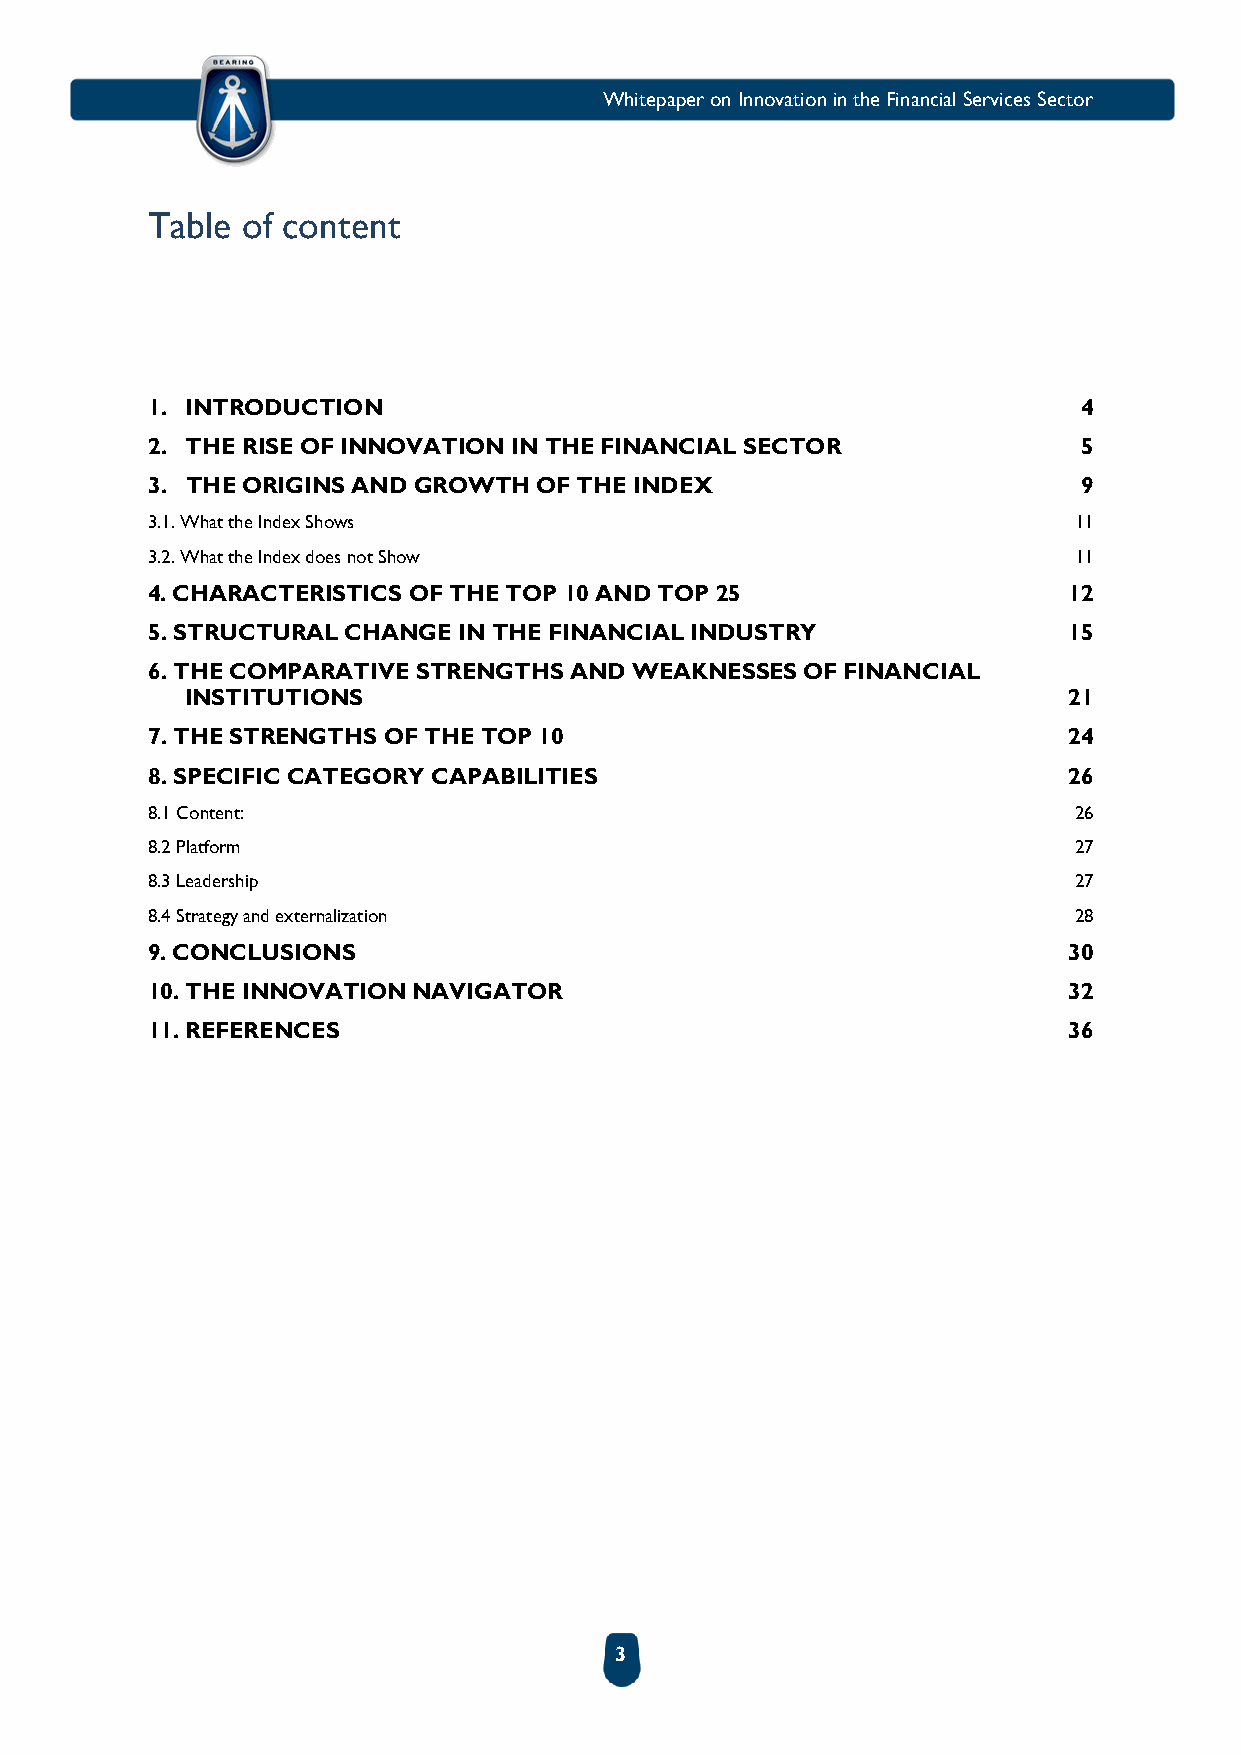
Whitepaper on Innovation in the Financial Services Sector
 Table of content
 1. INTRODUCTION                                               4
 2. THE RISE OF INNOVATION IN THE FINANCIAL SECTOR             5
 3. THE ORIGINS AND GROWTH OF THE INDEX                        9
 3.1. What the Index Shows                                    11
 3.2. What the Index does not Show                            11
 4. CHARACTERISTICS OF THE TOP 10 AND TOP 25                  12
 5. STRUCTURAL CHANGE IN THE FINANCIAL INDUSTRY               15
 6. THE COMPARATIVE STRENGTHS AND WEAKNESSES OF FINANCIAL
 INSTITUTIONS                                               21
 7. THE STRENGTHS OF THE TOP 10                               24
 8. SPECIFIC CATEGORY CAPABILITIES                            26
 8.1 Content:                                                 26
 8.2 Platform                                                 27
 8.3 Leadership                                               27
 8.4 Strategy and externalization                             28
 9. CONCLUSIONS                                               30
 10. THE INNOVATION NAVIGATOR                                 32
 11. REFERENCES                                               36
 3